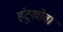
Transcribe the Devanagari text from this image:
हंटुखोवा